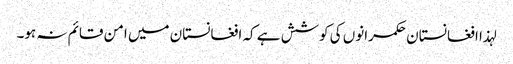
لہذا افغانستان حکمرانوں کی کوشش ہے کہ افغانستان میں امن قائم نہ ہو۔